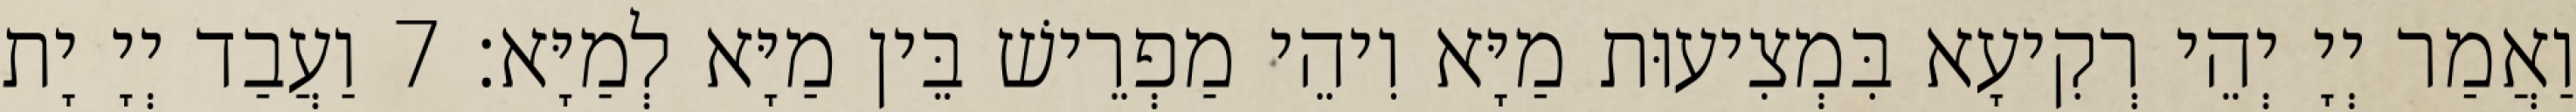
וַאֲמַר יְיָ יְהֵי רְקִיעָא בִּמְצִיעוּת מַיָּא וִיהֵי מַפְרֵישׁ בֵּין מַיָּא לְמַיָּא׃ 7 וַעֲבַד יְיָ יָת